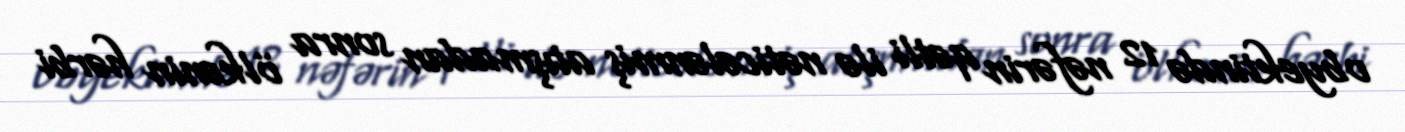
obyektində 12 nəfərin qətli ilə nəticələnmiş atışmadan sonra ölkənin hərbi